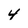
Character: 4